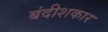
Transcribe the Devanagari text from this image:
बंदीशकार